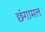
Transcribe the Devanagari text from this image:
छंगामल